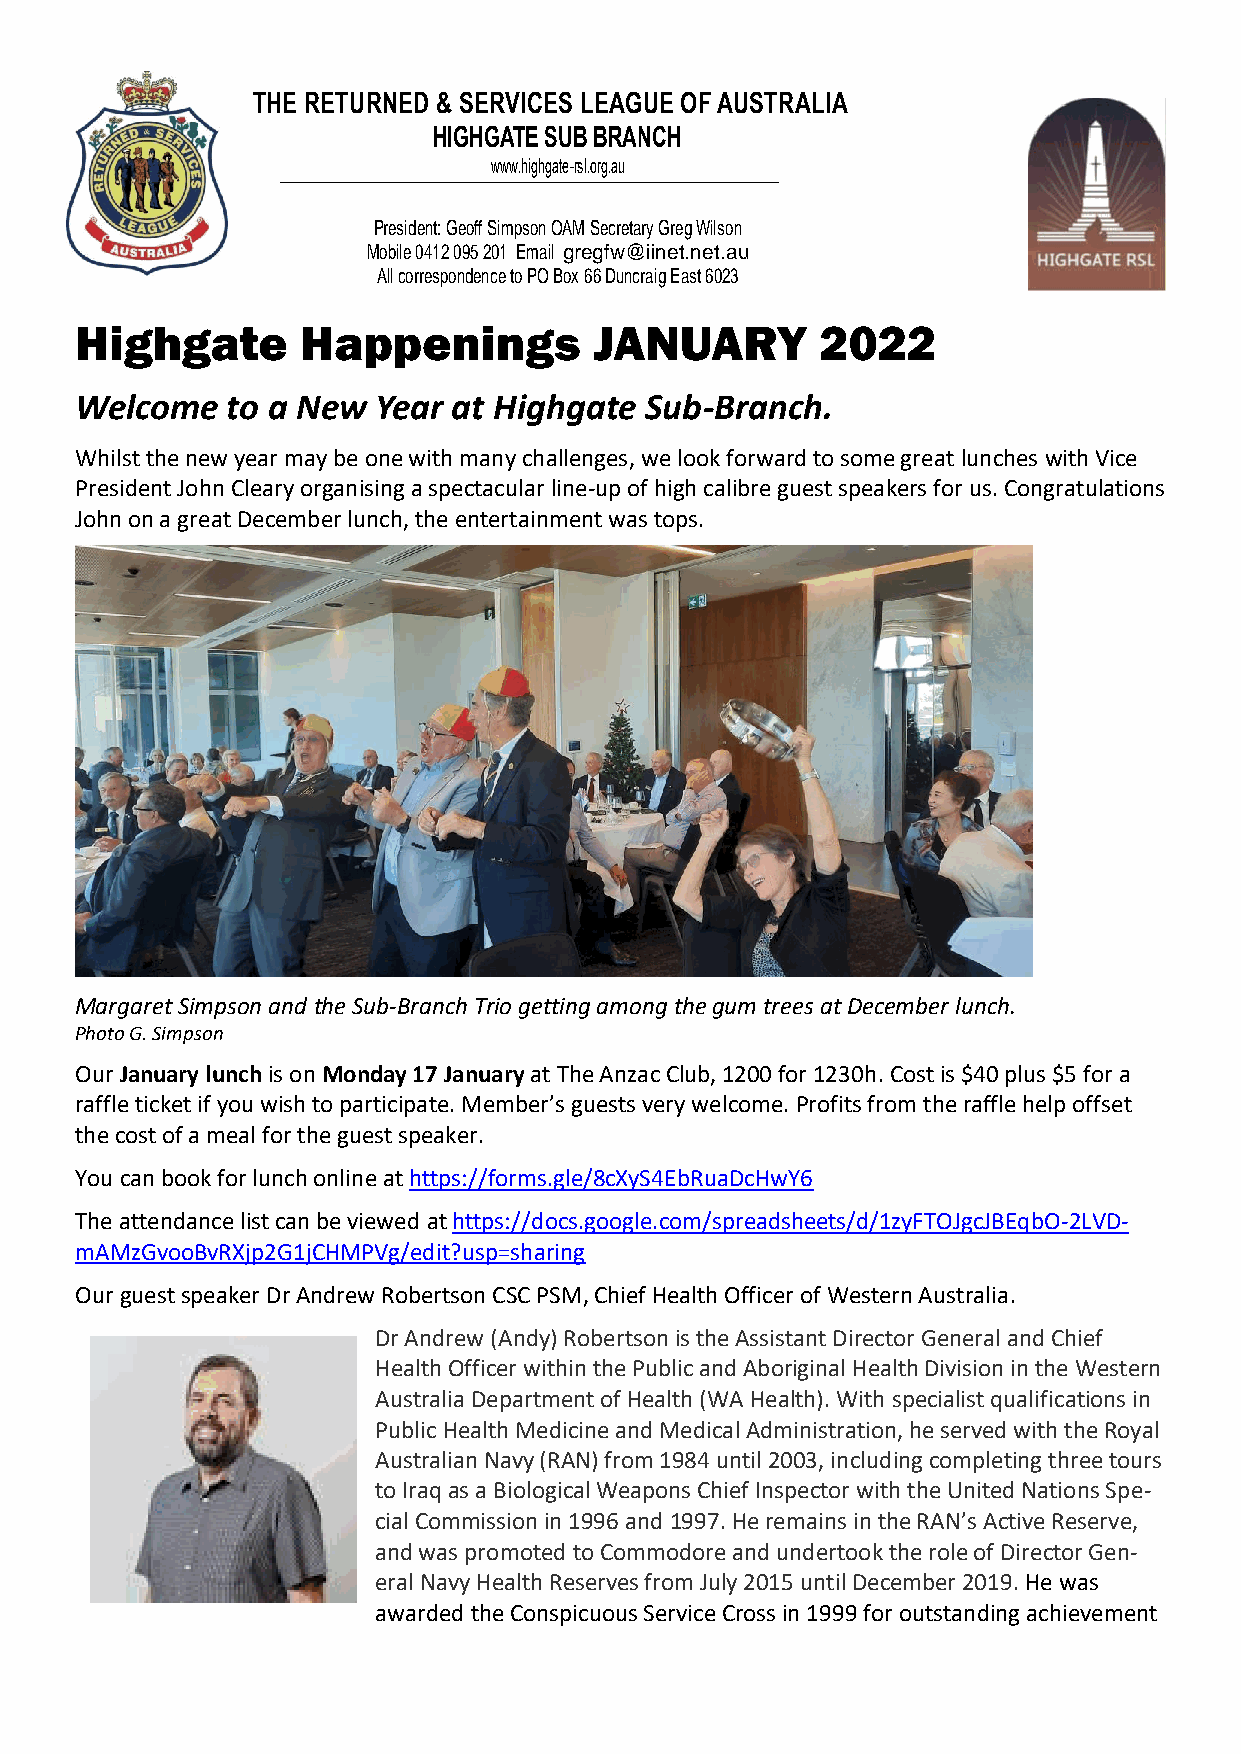
THE RETURNED & SERVICES LEAGUE OF AUSTRALIA
 HIGHGATE SUB BRANCH
 www.highgate-rsl.org.au
 President: Geoff Simpson OAM Secretary Greg Wilson
 Mobile 0412 095 201 Email gregfw@iinet.net.au
 All correspondence to PO Box 66 Duncraig East 6023
 Highgate       Happenings         JANUARY        2022
 Welcome   to a New  Year at Highgate  Sub-Branch.
 Whilst the new year may be one with many challenges, we look forward to some great lunches with Vice
 President John Cleary organising a spectacular line-up of high calibre guest speakers for us. Congratulations
 John on a great December lunch, the entertainment was tops.
 Margaret Simpson and the Sub-Branch Trio getting among the gum trees at December lunch.
 Photo G. Simpson
 Our January lunch is on Monday 17 January at The Anzac Club, 1200 for 1230h. Cost is $40 plus $5 for a
 raffle ticket if you wish to participate. Member’s guests very welcome. Profits from the raffle help offset
 the cost of a meal for the guest speaker.
 You can book for lunch online at https://forms.gle/8cXyS4EbRuaDcHwY6
 The attendance list can be viewed at https://docs.google.com/spreadsheets/d/1zyFTOJgcJBEqbO-2LVD-
 mAMzGvooBvRXjp2G1jCHMPVg/edit?usp=sharing
 Our guest speaker Dr Andrew Robertson CSC PSM, Chief Health Officer of Western Australia.
 Dr Andrew (Andy) Robertson is the Assistant Director General and Chief
 Health Officer within the Public and Aboriginal Health Division in the Western
 Australia Department of Health (WA Health). With specialist qualifications in
 Public Health Medicine and Medical Administration, he served with the Royal
 Australian Navy (RAN) from 1984 until 2003, including completing three tours
 to Iraq as a Biological Weapons Chief Inspector with the United Nations Spe-
 cial Commission in 1996 and 1997. He remains in the RAN’s Active Reserve,
 and was promoted to Commodore and undertook the role of Director Gen-
 eral Navy Health Reserves from July 2015 until December 2019. He was
 awarded the Conspicuous Service Cross in 1999 for outstanding achievement